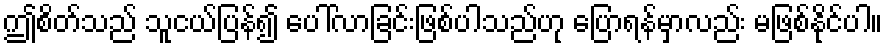
ဤစိတ်သည် သူငယ်ပြန်၍ ပေါ်လာခြင်းဖြစ်ပါသည်ဟု ပြောရန်မှာလည်း မဖြစ်နိုင်ပါ။